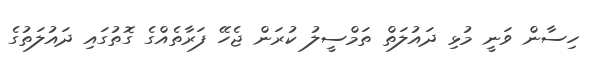
ހިސާން ވަނީ މުޅި ދައުލަތް ތަމްސީލު ކުރަން ޖެހޭ ފަރާތެއްގެ ގޮތުގައި ދައުލަތުގެ